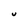
Character: U